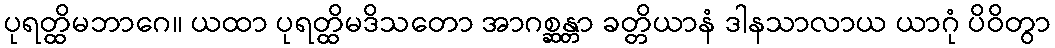
ပုရတ္ထိမဘာဂေ။ ယထာ ပုရတ္ထိမဒိသတော အာဂစ္ဆန္တာ ခတ္တိယာနံ ဒါနသာလာယ ယာဂုံ ပိဝိတွာ